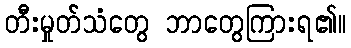
တီးမှုတ်သံတွေ ဘာတွေကြားရ၏။